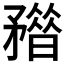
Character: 𥎏